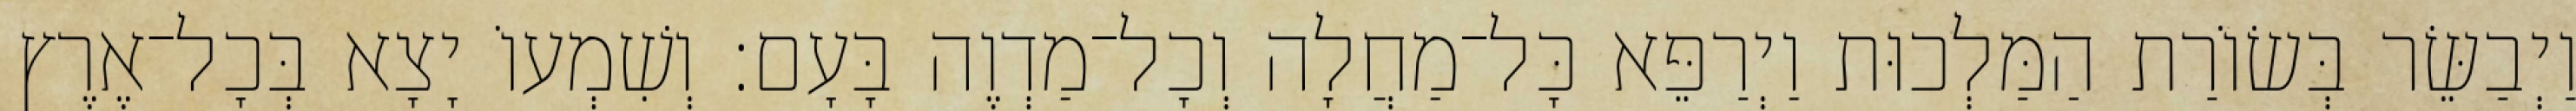
וַיְבַשֵּׂר בְּשׂוֹרַת הַמַּלְכוּת וַיְרַפֵּא כָּל־מַחֲלָה וְכָל־מַדְוֶה בָּעָם׃ וְשִׁמְעוֹ יָצָא בְּכָל־אֶרֶץ